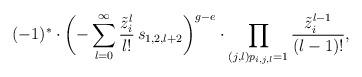
LaTeX: \begin{align*} (-1)^* \cdot \biggl( -\sum_{l=0}^{\infty} \frac{\tilde{z}_i^l}{l!} \, s_{1,2,l+2} \biggr)^{g-e} \cdot \prod_{(j,l) p_{i,j,l} = 1} {} \frac{\tilde{z}_i^{l-1}}{(l-1)!}, \end{align*}